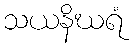
သယနိဃရံ